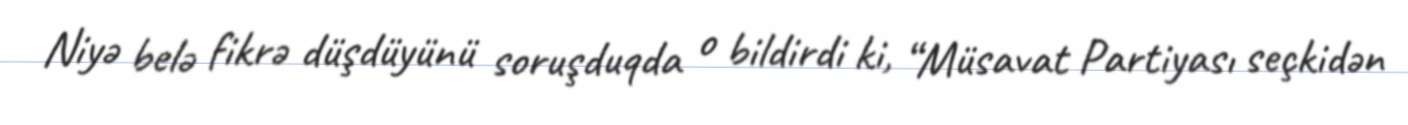
Niyə belə fikrə düşdüyünü soruşduqda o bildirdi ki, “Müsavat Partiyası seçkidən